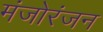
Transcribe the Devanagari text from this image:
मंजोरंजन